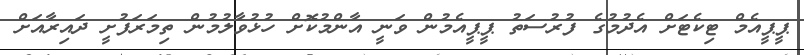
ޕީޕީއެމް ޓިކެޓަށް އެދުމުގެ ފުރުސަތު ޕީޕީއެމުން ވަނީ އާންމުކޮށް ހުޅުވާލުމުން ތިމަރަފުށީ ދައިރާއަށް